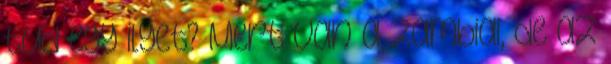
tud egy ilyet? Mert van a zambiai, de az